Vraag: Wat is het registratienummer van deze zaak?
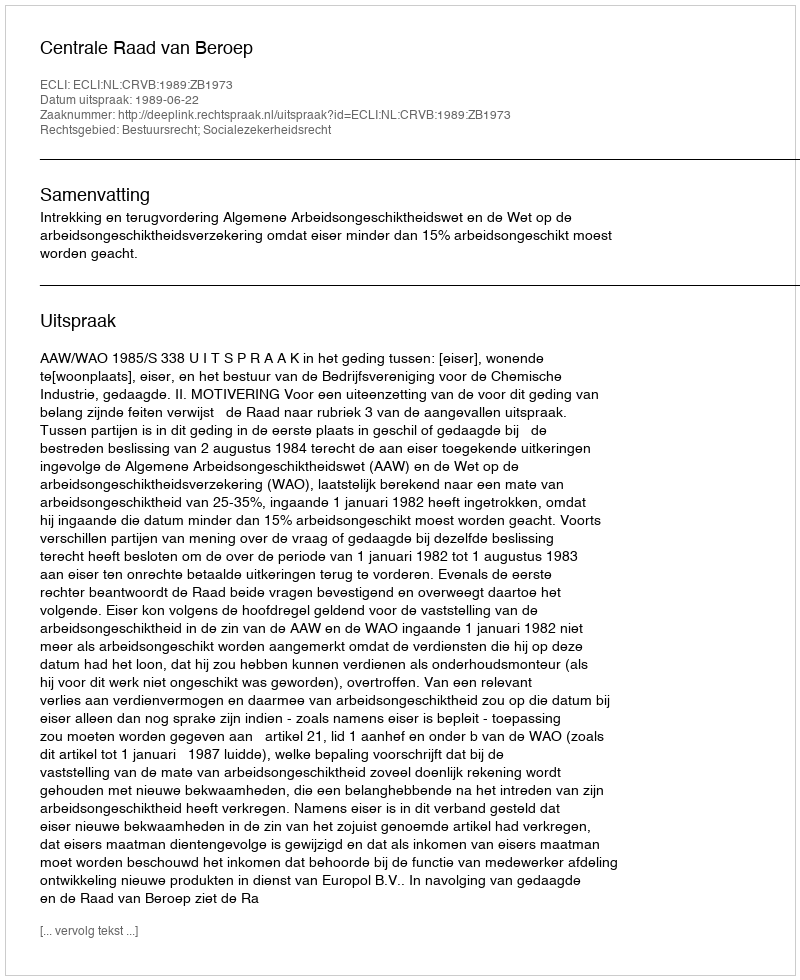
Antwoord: http://deeplink.rechtspraak.nl/uitspraak?id=ECLI:NL:CRVB:1989:ZB1973